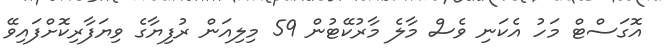
އޮގަސްޓް މަހު އެކަނި ވެސް މާލެ މާރުކޭޓުން 59 މިލިއަން ރުފިޔާގެ ވިޔަފާރިކޮށްފައިވޭ